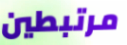
مرتبطين